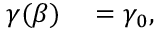
\begin{array} { r l } { \gamma ( \beta ) } & { { } = \gamma _ { 0 } , } \end{array}